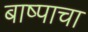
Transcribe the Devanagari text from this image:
बाष्पाचा